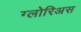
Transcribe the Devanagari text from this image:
ग्लोरिअस